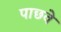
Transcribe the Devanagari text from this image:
पाछवे